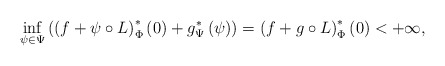
\begin{align*}\inf_{\psi\in\Psi}\left(\left(f+\psi\circ L\right)^{*}_\Phi\left(0\right)+g^{*}_\Psi \left(\psi\right)\right)=\left(f+g\circ L\right)^{*}_\Phi\left(0\right)<+\infty,\end{align*}